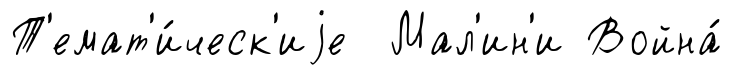
Т'емат'и́ческ'иjе Мал'ин'и Война́